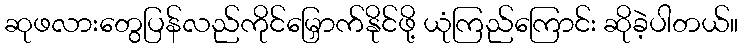
ဆုဖလားတွေပြန်လည်ကိုင်မြှောက်နိုင်ဖို့ ယုံကြည်ကြောင်း ဆိုခဲ့ပါတယ်။